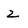
Character: z